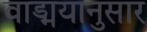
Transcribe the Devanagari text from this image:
वाड्मयानुसार